Annual statistical returns and brief notes on vaccination in Bengal - 1909-1929
Year: 1909
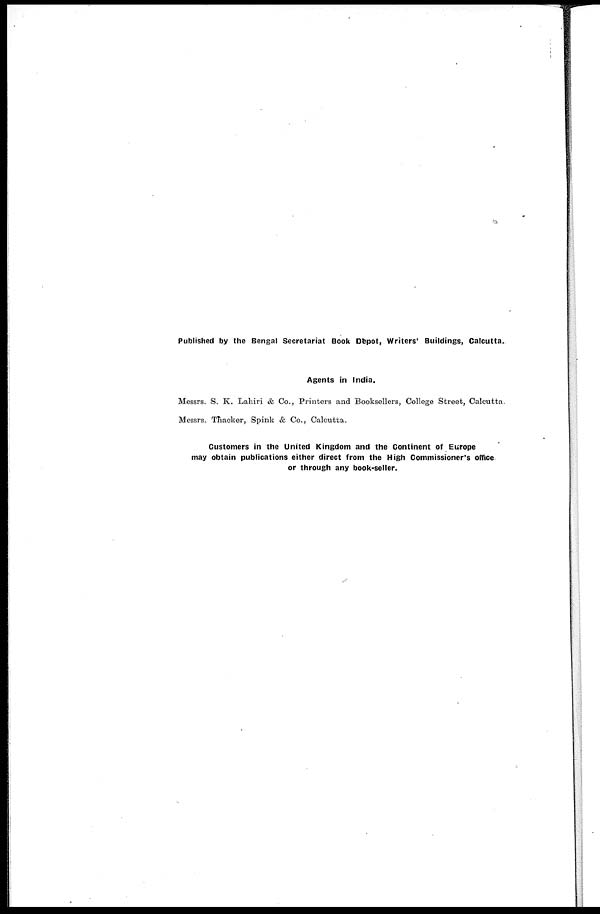
Published by the Bengal Secretariat Book Depot, Writers' Buildings, Calcutta.
Agents in India.
Messrs. S. K. Lahiri & Co., Printers and Booksellers, College Street, Calcutta.
Messrs. Thacker, Spink & Co., Calcutta.
Customers in the United Kingdom and the Continent of Europe
may obtain publications either direct from the High Commissioner's office
or through any book-seller.